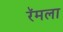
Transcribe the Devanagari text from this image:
रॅमला